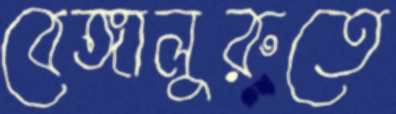
বেঙ্গালুরুতে